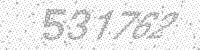
Solution: 531762